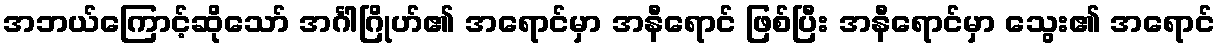
အဘယ်ကြောင့်ဆိုသော် အင်္ဂါဂြိုဟ်၏ အရောင်မှာ အနီရောင် ဖြစ်ပြီး အနီရောင်မှာ သွေး၏ အရောင်